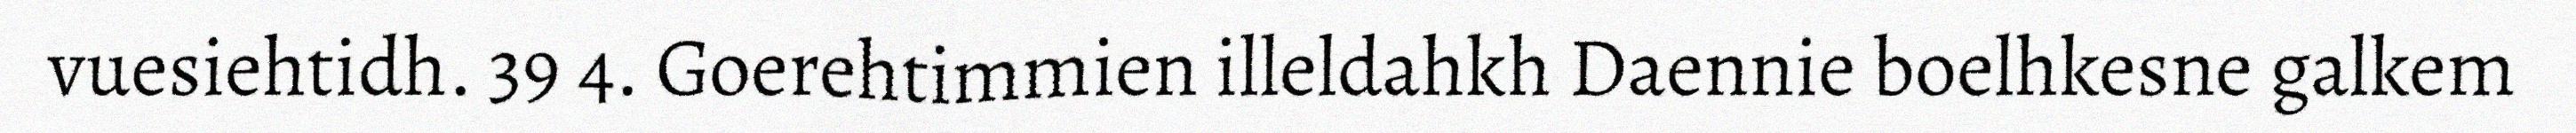
vuesiehtidh. 39 4. Goerehtimmien illeldahkh Daennie boelhkesne galkem